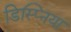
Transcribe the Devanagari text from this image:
डिस्प्निया